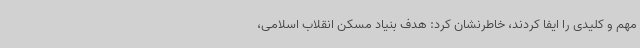
مهم و کلیدی را ایفا کردند، خاطرنشان کرد: هدف بنیاد مسکن انقلاب اسلامی،